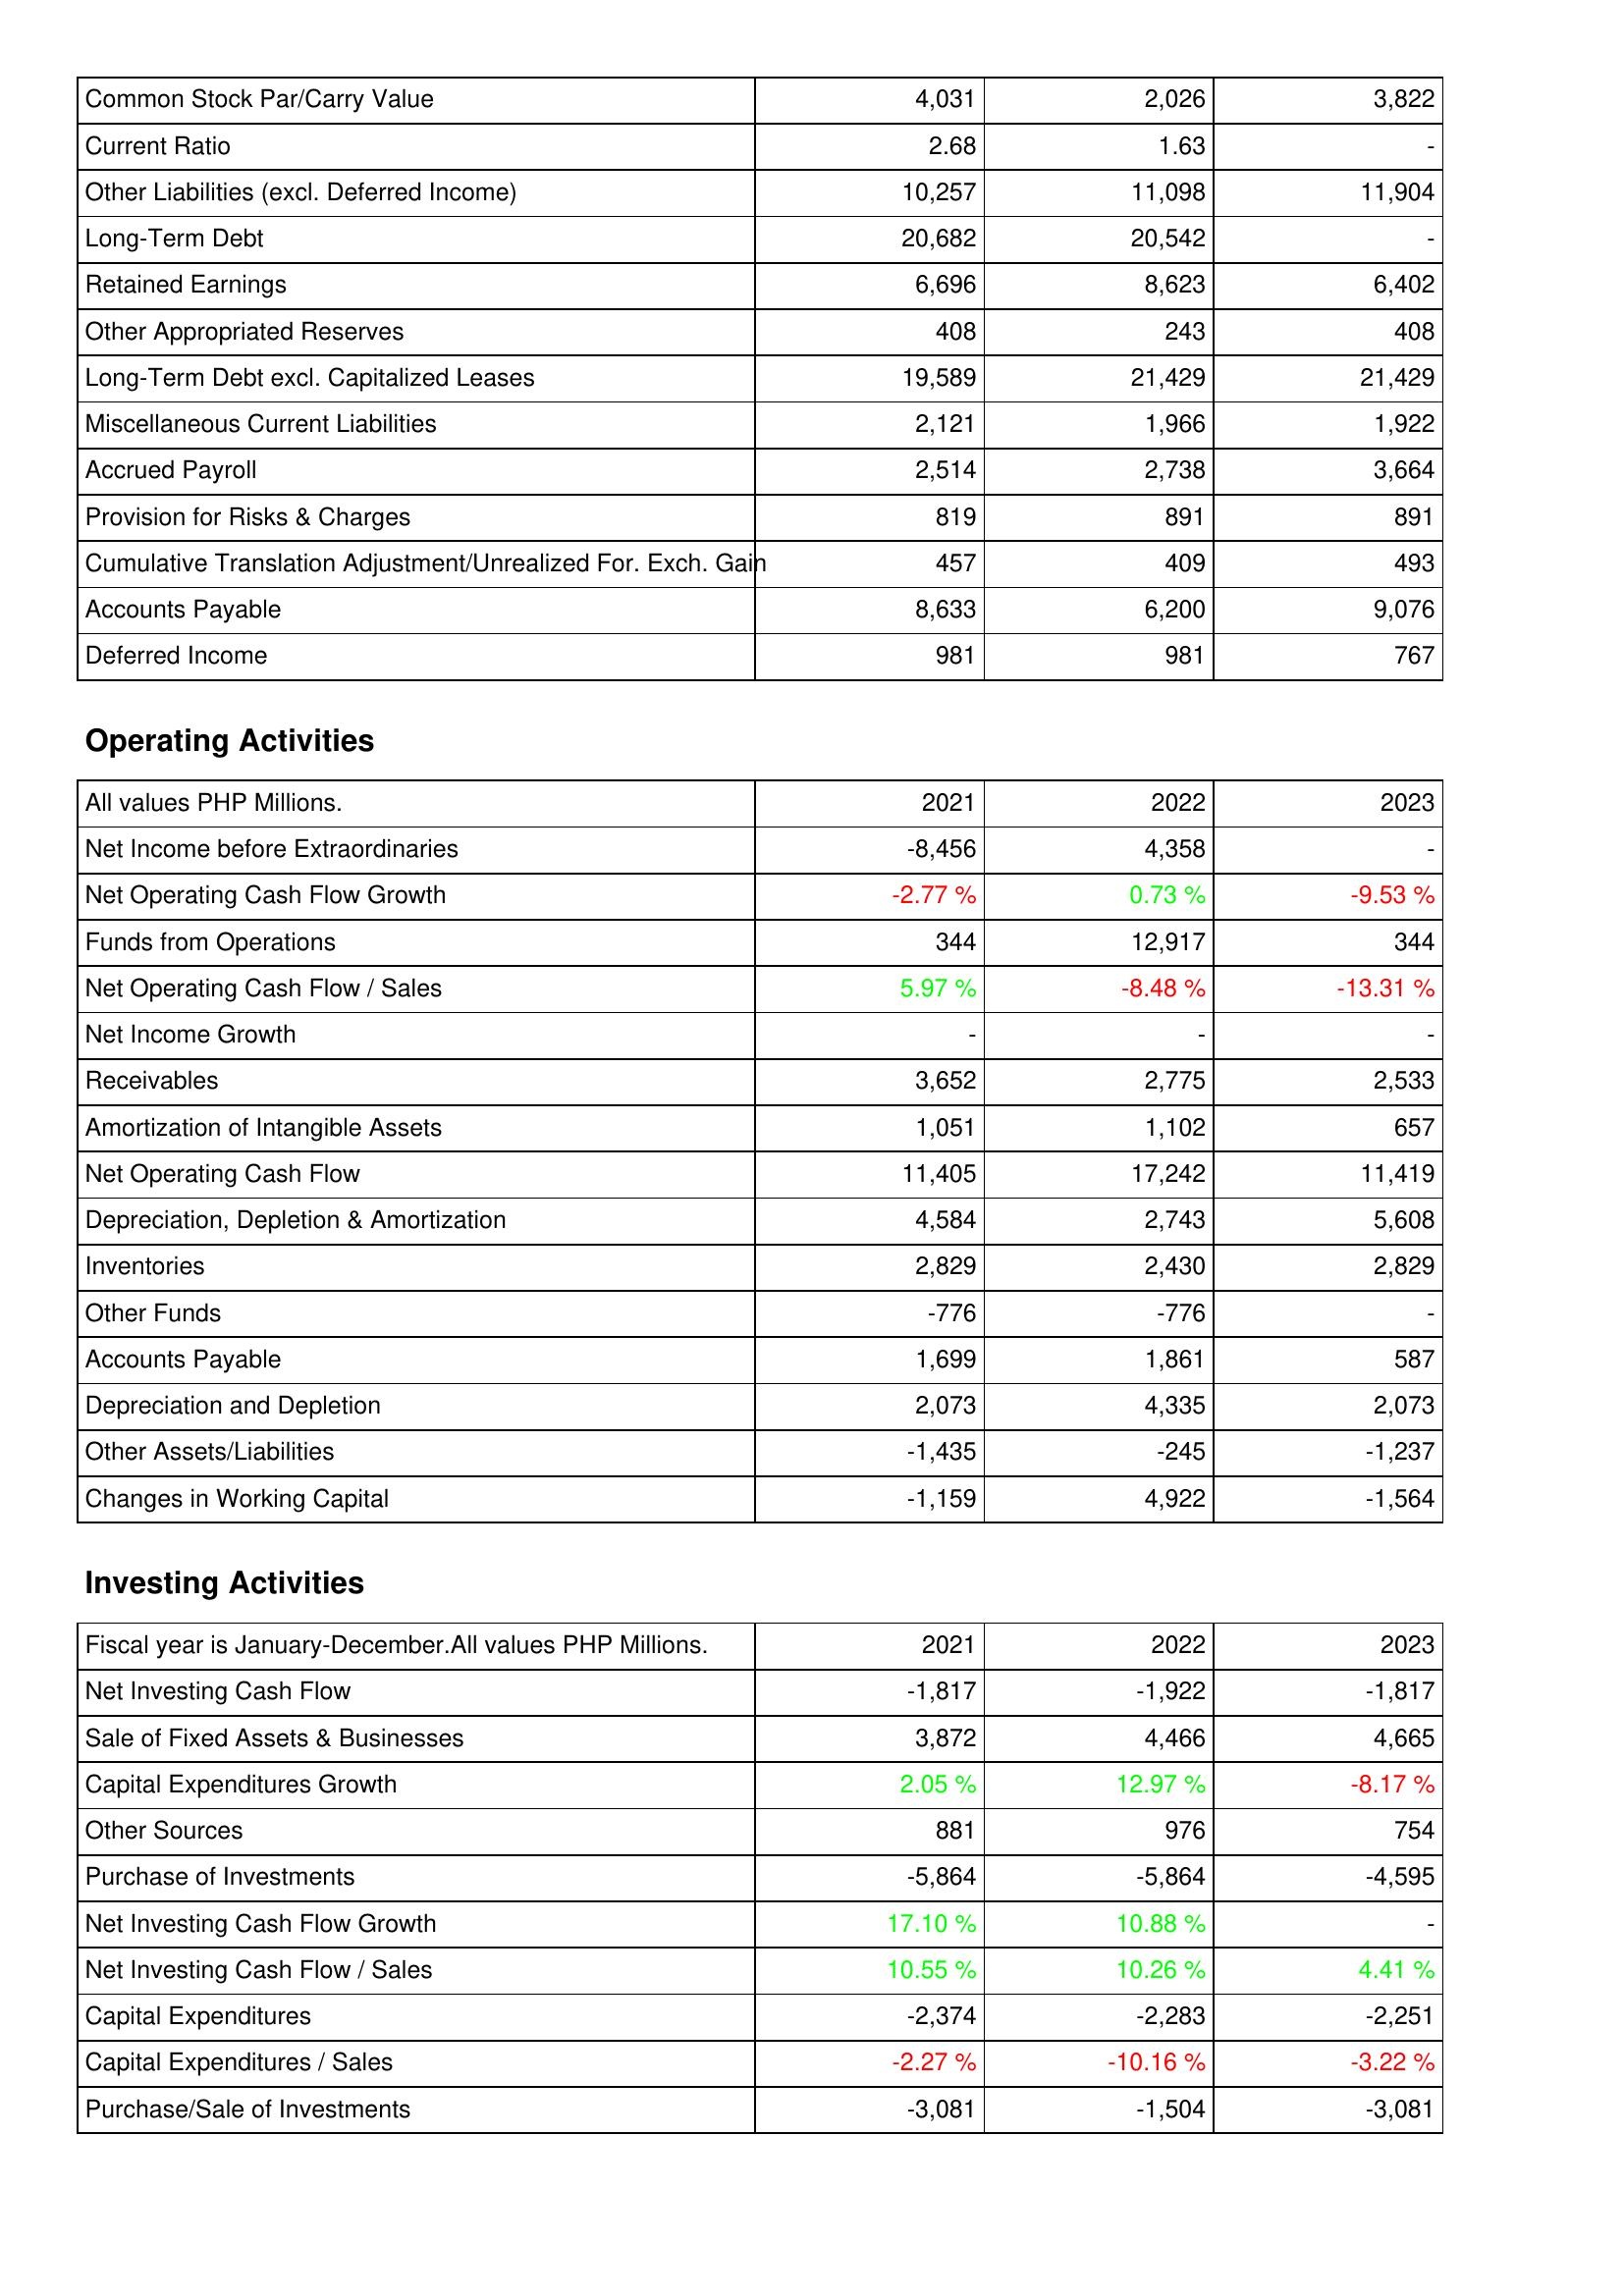
2021: Liabilities & Shareholders' Equity: Common Stock Par/Carry Value: 4,031
Current Ratio: 2.68
Other Liabilities (excl. Deferred Income): 10,257
Long-Term Debt: 20,682
Retained Earnings: 6,696
Other Appropriated Reserves: 408
Long-Term Debt excl. Capitalized Leases: 19,589
Miscellaneous Current Liabilities: 2,121
Accrued Payroll: 2,514
Provision for Risks & Charges: 819
Cumulative Translation Adjustment/Unrealized For. Exch. Gain: 457
Accounts Payable: 8,633
Deferred Income: 981
Operating Activities: Net Income before Extraordinaries: -8,456
Net Operating Cash Flow Growth: -2.77 %
Funds from Operations: 344
Net Operating Cash Flow / Sales: 5.97 %
Net Income Growth: -
Receivables: 3,652
Amortization of Intangible Assets: 1,051
Net Operating Cash Flow: 11,405
Depreciation, Depletion & Amortization: 4,584
Inventories: 2,829
Other Funds: -776
Accounts Payable: 1,699
Depreciation and Depletion: 2,073
Other Assets/Liabilities: -1,435
Changes in Working Capital: -1,159
Investing Activities: Net Investing Cash Flow: -1,817
Sale of Fixed Assets & Businesses: 3,872
Capital Expenditures Growth: 2.05 %
Other Sources: 881
Purchase of Investments: -5,864
Net Investing Cash Flow Growth: 17.10 %
Net Investing Cash Flow / Sales: 10.55 %
Capital Expenditures: -2,374
Capital Expenditures / Sales: -2.27 %
Purchase/Sale of Investments: -3,081
2022: Liabilities & Shareholders' Equity: Common Stock Par/Carry Value: 2,026
Current Ratio: 1.63
Other Liabilities (excl. Deferred Income): 11,098
Long-Term Debt: 20,542
Retained Earnings: 8,623
Other Appropriated Reserves: 243
Long-Term Debt excl. Capitalized Leases: 21,429
Miscellaneous Current Liabilities: 1,966
Accrued Payroll: 2,738
Provision for Risks & Charges: 891
Cumulative Translation Adjustment/Unrealized For. Exch. Gain: 409
Accounts Payable: 6,200
Deferred Income: 981
Operating Activities: Net Income before Extraordinaries: 4,358
Net Operating Cash Flow Growth: 0.73 %
Funds from Operations: 12,917
Net Operating Cash Flow / Sales: -8.48 %
Net Income Growth: -
Receivables: 2,775
Amortization of Intangible Assets: 1,102
Net Operating Cash Flow: 17,242
Depreciation, Depletion & Amortization: 2,743
Inventories: 2,430
Other Funds: -776
Accounts Payable: 1,861
Depreciation and Depletion: 4,335
Other Assets/Liabilities: -245
Changes in Working Capital: 4,922
Investing Activities: Net Investing Cash Flow: -1,922
Sale of Fixed Assets & Businesses: 4,466
Capital Expenditures Growth: 12.97 %
Other Sources: 976
Purchase of Investments: -5,864
Net Investing Cash Flow Growth: 10.88 %
Net Investing Cash Flow / Sales: 10.26 %
Capital Expenditures: -2,283
Capital Expenditures / Sales: -10.16 %
Purchase/Sale of Investments: -1,504
2023: Liabilities & Shareholders' Equity: Common Stock Par/Carry Value: 3,822
Current Ratio: -
Other Liabilities (excl. Deferred Income): 11,904
Long-Term Debt: -
Retained Earnings: 6,402
Other Appropriated Reserves: 408
Long-Term Debt excl. Capitalized Leases: 21,429
Miscellaneous Current Liabilities: 1,922
Accrued Payroll: 3,664
Provision for Risks & Charges: 891
Cumulative Translation Adjustment/Unrealized For. Exch. Gain: 493
Accounts Payable: 9,076
Deferred Income: 767
Operating Activities: Net Income before Extraordinaries: -
Net Operating Cash Flow Growth: -9.53 %
Funds from Operations: 344
Net Operating Cash Flow / Sales: -13.31 %
Net Income Growth: -
Receivables: 2,533
Amortization of Intangible Assets: 657
Net Operating Cash Flow: 11,419
Depreciation, Depletion & Amortization: 5,608
Inventories: 2,829
Other Funds: -
Accounts Payable: 587
Depreciation and Depletion: 2,073
Other Assets/Liabilities: -1,237
Changes in Working Capital: -1,564
Investing Activities: Net Investing Cash Flow: -1,817
Sale of Fixed Assets & Businesses: 4,665
Capital Expenditures Growth: -8.17 %
Other Sources: 754
Purchase of Investments: -4,595
Net Investing Cash Flow Growth: -
Net Investing Cash Flow / Sales: 4.41 %
Capital Expenditures: -2,251
Capital Expenditures / Sales: -3.22 %
Purchase/Sale of Investments: -3,081